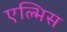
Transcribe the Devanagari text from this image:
एल्भिस